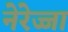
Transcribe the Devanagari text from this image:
नेरेज्जा